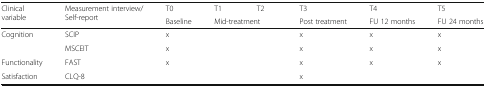
| <ROWSPAN=2> Clinical variable | <ROWSPAN=2> Measurement interview/Self-report | T0 | T1 | T2 | T3 | T4 | T5 |
 | Baseline | <COLSPAN=2> Mid-treatment | Post treatment | FU 12 months | FU 24 months |
 | --- | --- | --- | --- | --- | --- | --- | --- |
 | Cognition | SCIP | x |  |  | x | x | x |
 |  | MSCEIT | x |  |  | x | x | x |
 | Functionality | FAST | x |  |  | x | x | x |
 | Satisfaction | CLQ-8 |  |  |  | x |  |  |